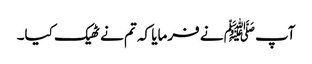
آپﷺ نے فرمایا کہ تم نے ٹھیک کیا۔